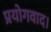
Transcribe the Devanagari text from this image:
प्रयोगवाद।